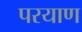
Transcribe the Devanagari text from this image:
परयाण